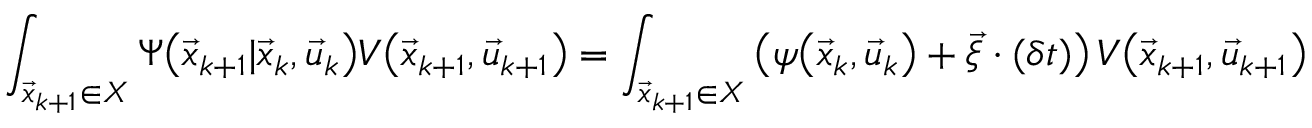
\int _ { \vec { x } _ { k + 1 } \in X } \Psi \big ( \vec { x } _ { k + 1 } | \vec { x } _ { k } , \vec { u } _ { k } \big ) V \big ( \vec { x } _ { k + 1 } , \vec { u } _ { k + 1 } \big ) = \int _ { \vec { x } _ { k + 1 } \in X } \left( \psi \big ( \vec { x } _ { k } , \vec { u } _ { k } \big ) + \vec { \xi } \cdot ( \delta t ) \right) V \big ( \vec { x } _ { k + 1 } , \vec { u } _ { k + 1 } \big )